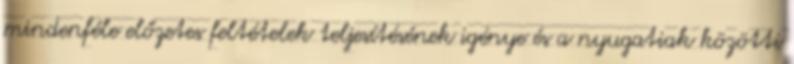
mindenféle előzetes feltételek teljesítésének igénye és a nyugatiak közötti